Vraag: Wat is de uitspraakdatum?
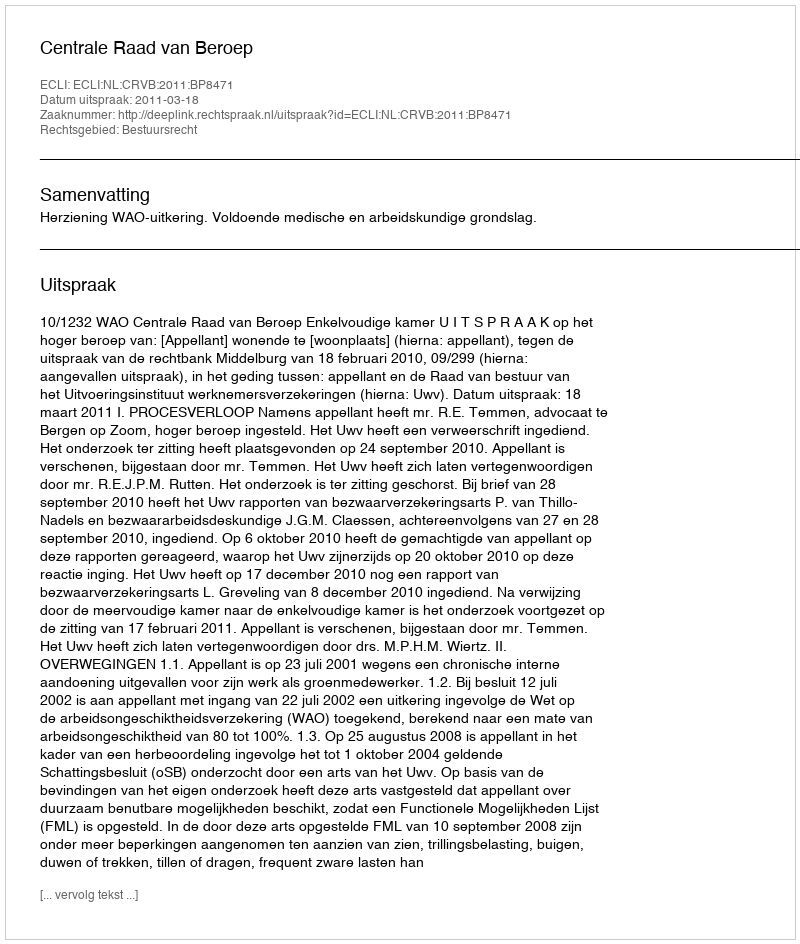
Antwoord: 2011-03-18